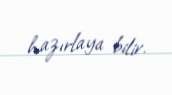
hazırlaya bilir.